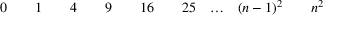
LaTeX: \begin{array} { c c c c c c c c c c c c c c c } { 0 } & { } & { 1 } & { } & { 4 } & { } & { 9 } & { } & { 1 6 } & { } & { 2 5 } & { \ldots } & { ( n - 1 ) ^ { 2 } } & { } & { n ^ { 2 } } \end{array}